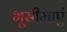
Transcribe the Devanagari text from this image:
भूसीमाएं